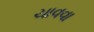
ચાવવા